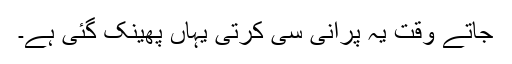
جاتے وقت یہ پرانی سی کرتی یہاں پھینک گئی ہے۔